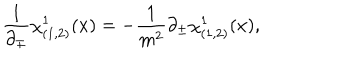
LaTeX: \frac { 1 } { \partial _ { \mp } } \chi _ { ( 1 , 2 ) } ^ { 1 } ( x ) = - \frac { 1 } { m ^ { 2 } } \partial _ { \pm } \chi _ { ( 1 , 2 ) } ^ { 1 } ( x ) ,